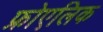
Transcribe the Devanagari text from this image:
फ्रोएलिक